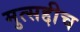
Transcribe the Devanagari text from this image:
मुत्सद्दीच